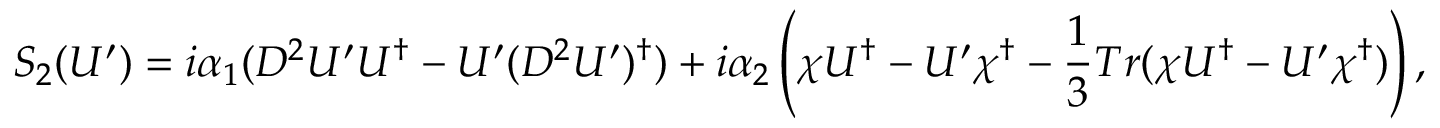
S _ { 2 } ( U ^ { \prime } ) = i \alpha _ { 1 } ( D ^ { 2 } U ^ { \prime } U ^ { \dagger } - U ^ { \prime } ( D ^ { 2 } U ^ { \prime } ) ^ { \dagger } ) + i \alpha _ { 2 } \left( \chi U ^ { \dagger } - U ^ { \prime } \chi ^ { \dagger } - \frac { 1 } { 3 } T r ( \chi U ^ { \dagger } - U ^ { \prime } \chi ^ { \dagger } ) \right) ,